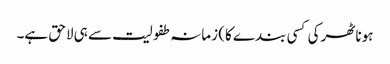
ہونا ٹھرکی کسی بندے کا) زمانہ طفولیت سے ہی لاحق ہے۔